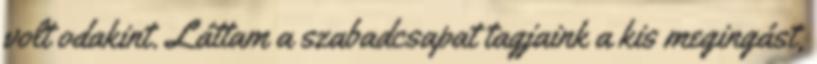
volt odakint. Láttam a szabadcsapat tagjaink a kis megingást,